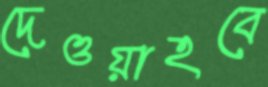
দেওয়াহবে